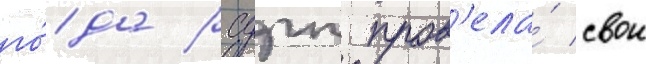
го́да рсдрп пров'ела́ свои